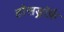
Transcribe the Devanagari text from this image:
हौसड्रॉर्फ़